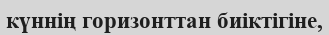
күннің горизонттан биіктігіне,